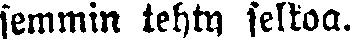
semmin tehty selkoa.